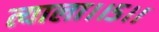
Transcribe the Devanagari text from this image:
त्याला।।५।।